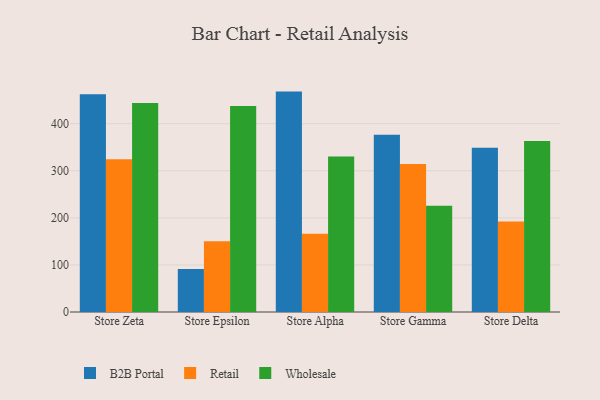
{"axis": {"x": "Store", "y": "Customer Acquisition Cost (USD)"}, "legend": ["B2B Portal", "Retail", "Wholesale"], "data": [{"x": "Store Zeta", "y": 462.6, "type": "B2B Portal"}, {"x": "Store Zeta", "y": 324.4, "type": "Retail"}, {"x": "Store Zeta", "y": 443.9, "type": "Wholesale"}, {"x": "Store Epsilon", "y": 91.5, "type": "B2B Portal"}, {"x": "Store Epsilon", "y": 150.4, "type": "Retail"}, {"x": "Store Epsilon", "y": 437.7, "type": "Wholesale"}, {"x": "Store Alpha", "y": 468.2, "type": "B2B Portal"}, {"x": "Store Alpha", "y": 166.4, "type": "Retail"}, {"x": "Store Alpha", "y": 330.2, "type": "Wholesale"}, {"x": "Store Gamma", "y": 376.6, "type": "B2B Portal"}, {"x": "Store Gamma", "y": 314.4, "type": "Retail"}, {"x": "Store Gamma", "y": 225.9, "type": "Wholesale"}, {"x": "Store Delta", "y": 349.1, "type": "B2B Portal"}, {"x": "Store Delta", "y": 192.0, "type": "Retail"}, {"x": "Store Delta", "y": 363.4, "type": "Wholesale"}]}